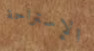
الإستراحة